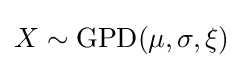
X\sim {\text{GPD}}(\mu ,\sigma ,\xi )